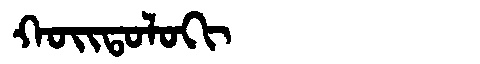
Manchu: ᡴᠣᡳᡨᠣᠯᠣᡴᡳ
Romanization: KOITOLOKI